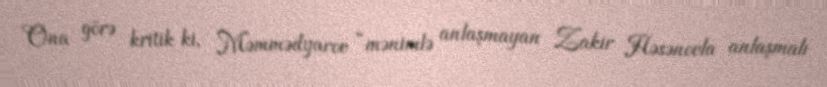
Ona görə kritik ki, Məmmədyarov “mənimlə anlaşmayan Zakir Həsənovla anlaşmalı